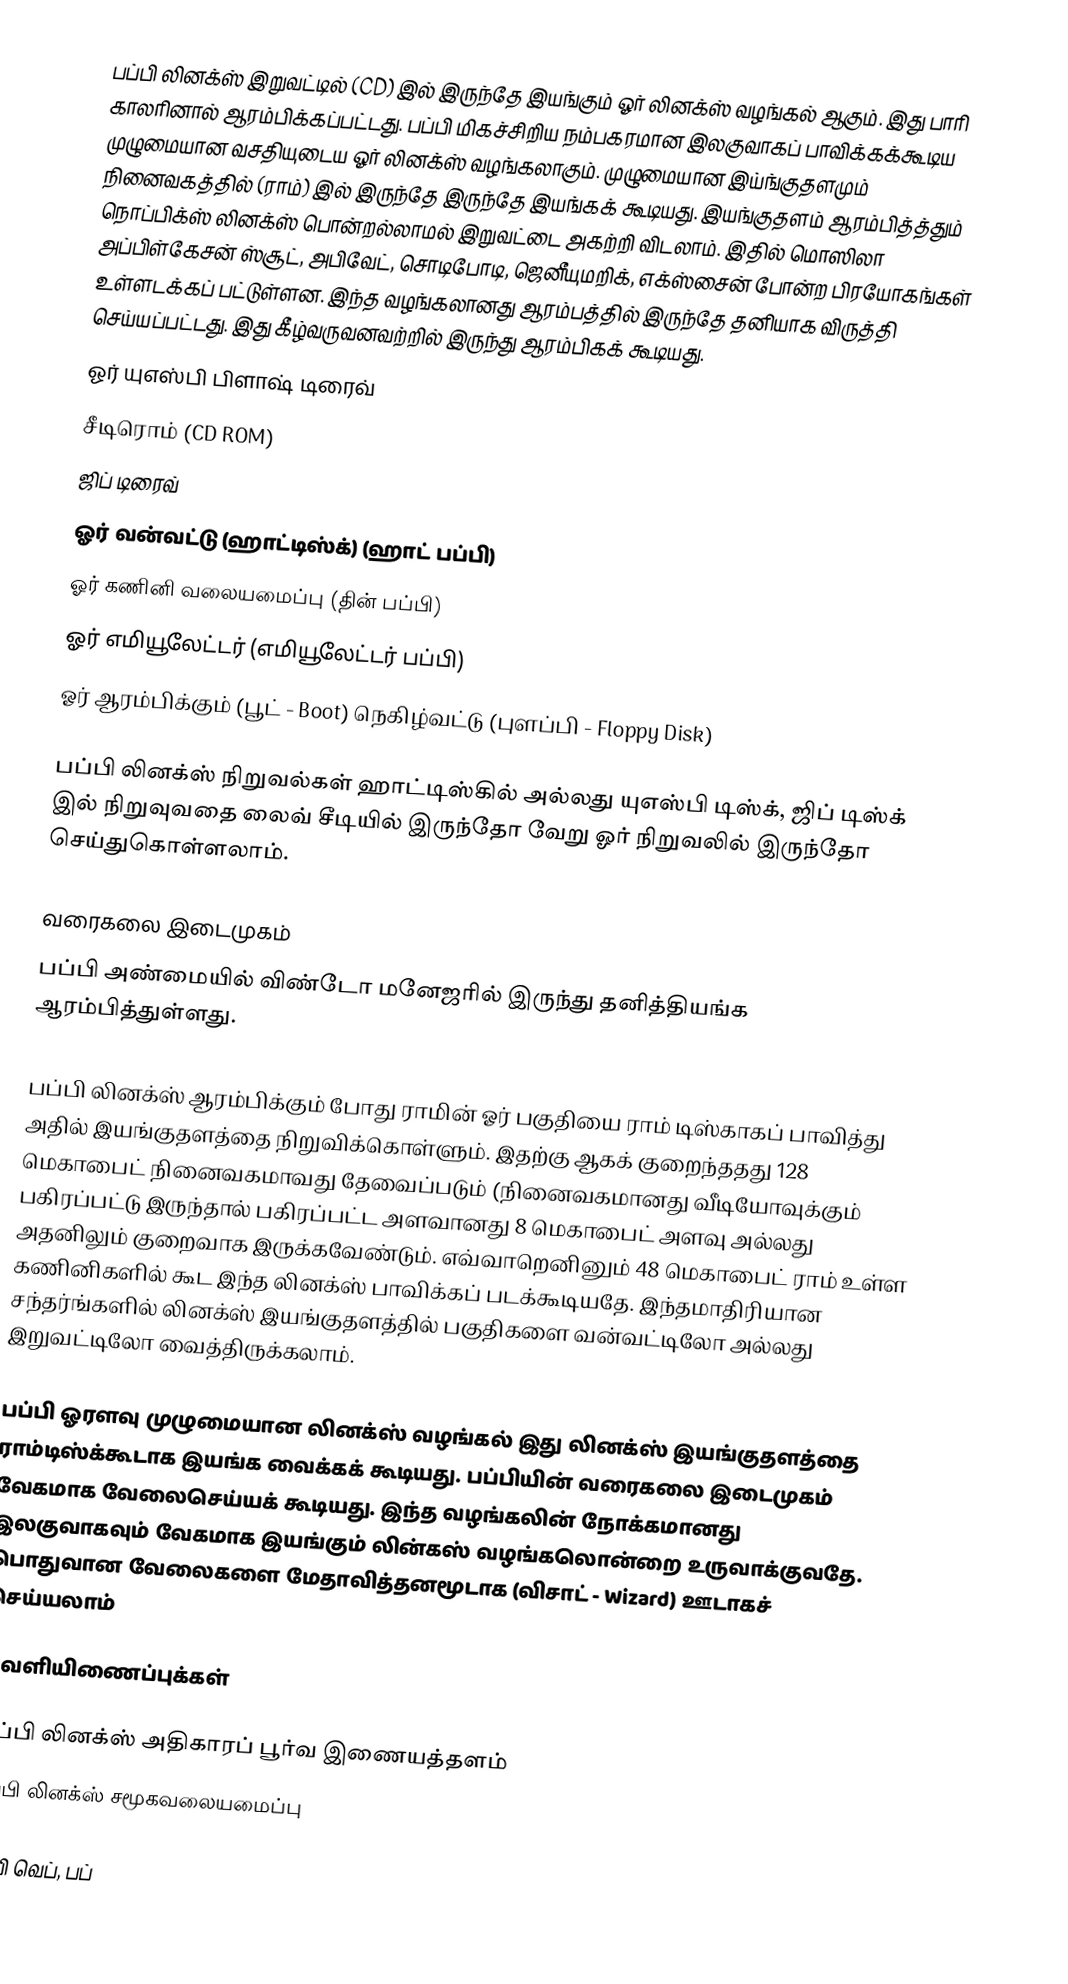
பப்பி லினக்ஸ் இறுவட்டில் (CD) இல் இருந்தே இயங்கும் ஓர் லினக்ஸ் வழங்கல் ஆகும். இது பாரி காலரினால் ஆரம்பிக்கப்பட்டது. பப்பி மிகச்சிறிய நம்பகரமான இலகுவாகப் பாவிக்கக்கூடிய முழுமையான வசதியுடைய ஓர் லினக்ஸ் வழங்கலாகும். முழுமையான இய்ங்குதளமும் நினைவகத்தில் (ராம்) இல் இருந்தே இருந்தே இயங்கக் கூடியது. இயங்குதளம் ஆரம்பித்த்தும் நொப்பிக்ஸ் லினக்ஸ் பொன்றல்லாமல் இறுவட்டை அகற்றி விடலாம். இதில் மொஸிலா அப்பிள்கேசன் ஸ்சூட், அபிவேட், சொடிபோடி, ஜெனீயுமறிக், எக்ஸ்சைன் போன்ற பிரயோகங்கள் உள்ளடக்கப் பட்டுள்ளன. இந்த வழங்கலானது ஆரம்பத்தில் இருந்தே தனியாக விருத்தி செய்யப்பட்டது. இது கீழ்வருவனவற்றில் இருந்து ஆரம்பிகக் கூடியது.
 ஓர் யுஎஸ்பி பிளாஷ் டிரைவ்
 சீடிரொம் (CD ROM)
 ஜிப் டிரைவ்
 ஓர் வன்வட்டு (ஹாட்டிஸ்க்) (ஹாட் பப்பி)
 ஓர் கணினி வலையமைப்பு (தின் பப்பி)
 ஓர் எமியூலேட்டர் (எமியூலேட்டர் பப்பி)
 ஓர் ஆரம்பிக்கும் (பூட் - Boot) நெகிழ்வட்டு (புளப்பி - Floppy Disk)

பப்பி லினக்ஸ் நிறுவல்கள் ஹாட்டிஸ்கில் அல்லது யுஎஸ்பி டிஸ்க், ஜிப் டிஸ்க் இல் நிறுவுவதை லைவ் சீடியில் இருந்தோ வேறு ஓர் நிறுவலில் இருந்தோ செய்துகொள்ளலாம்.

வரைகலை இடைமுகம்
பப்பி அண்மையில் விண்டோ மனேஜரில் இருந்து தனித்தியங்க ஆரம்பித்துள்ளது.

பப்பி லினக்ஸ் ஆரம்பிக்கும் போது ராமின் ஓர் பகுதியை ராம் டிஸ்காகப் பாவித்து அதில் இயங்குதளத்தை நிறுவிக்கொள்ளும். இதற்கு ஆகக் குறைந்ததது 128 மெகாபைட் நினைவகமாவது தேவைப்படும் (நினைவகமானது வீடியோவுக்கும் பகிரப்பட்டு இருந்தால் பகிரப்பட்ட அளவானது 8 மெகாபைட் அளவு அல்லது அதனிலும் குறைவாக இருக்கவேண்டும். எவ்வாறெனினும் 48 மெகாபைட் ராம் உள்ள கணினிகளில் கூட இந்த லினக்ஸ் பாவிக்கப் படக்கூடியதே. இந்தமாதிரியான சந்தர்ங்களில் லினக்ஸ் இயங்குதளத்தில் பகுதிகளை வன்வட்டிலோ அல்லது இறுவட்டிலோ வைத்திருக்கலாம்.

பப்பி ஓரளவு முழுமையான லினக்ஸ் வழங்கல் இது லினக்ஸ் இயங்குதளத்தை ராம்டிஸ்க்கூடாக இயங்க வைக்கக் கூடியது. பப்பியின் வரைகலை இடைமுகம் வேகமாக வேலைசெய்யக் கூடியது. இந்த வழங்கலின் நோக்கமானது இலகுவாகவும் வேகமாக இயங்கும் லின்கஸ் வழங்கலொன்றை உருவாக்குவதே.  பொதுவான வேலைகளை மேதாவித்தனமூடாக (விசாட் - Wizard) ஊடாகச் செய்யலாம்

வெளியிணைப்புக்கள்

பப்பி லினக்ஸ் அதிகாரப் பூர்வ இணையத்தளம்
பப்பி லினக்ஸ் சமூகவலையமைப்பு

பப்பி வெப், பப்